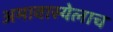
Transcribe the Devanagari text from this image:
अमावास्येलाच